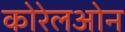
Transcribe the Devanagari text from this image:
कोरेलओन